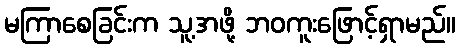
မကြာစေခြင်းက သူ့အဖို့ ဘဝကူးဖြောင့်ရှာမည်။